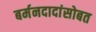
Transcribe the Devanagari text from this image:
बर्मनदादांसोबत